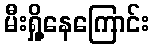
မီးရှို့နေကြောင်း